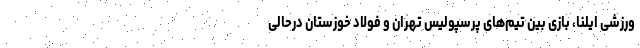
ورزشی ایلنا، بازی بین تیم‌های پرسپولیس تهران و فولاد خوزستان درحالی